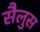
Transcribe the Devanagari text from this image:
सैलुस